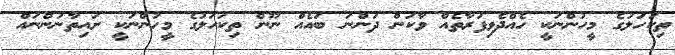
ތިކަހަލުގެ މީހުންނަކީ ހެއްދެވިފަރާތެއް ވާކަން ދަންނަ ބައެއް ނޫން ތިކަހަލުގެ މީހުންނަކީ ށައިތާނުންނައް